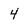
Character: 4